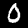
Digit: 0